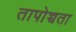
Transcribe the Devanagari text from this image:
तापोच्चता